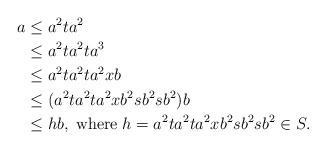
LaTeX: \begin{align*} a &\leq a^2 t a^2\\&\leq a^2 ta^2 ta^3\\&\leq a^2 ta^2 ta^2 xb\\&\leq (a^2 ta^2 ta^2x b^2 sb^2 sb^2 )b\\&\leq hb, \;\textrm{where} \;h = a^2 ta^2 ta^2x b^2 sb^2 sb^2 \in S.\end{align*}